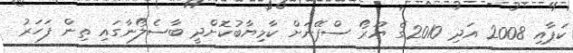
ކަޕާއި 2008 އަދި 2010ގެ ޔޫރޯ ސްޕޭނަށް ކާމިޔާބުކޮށްދީ ބާސެލޯނާގައި ތިން ފަހަރު